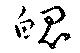
魄